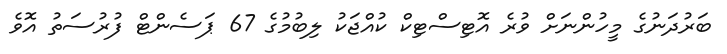
ބަރުދަނުގެ މީހުންނަށް ވުރެ އޮޓިސްޓިކް ކުއްޖަކު ލިބުމުގެ 67 ޕަސެންޓް ފުރުސަތު އޮވެ